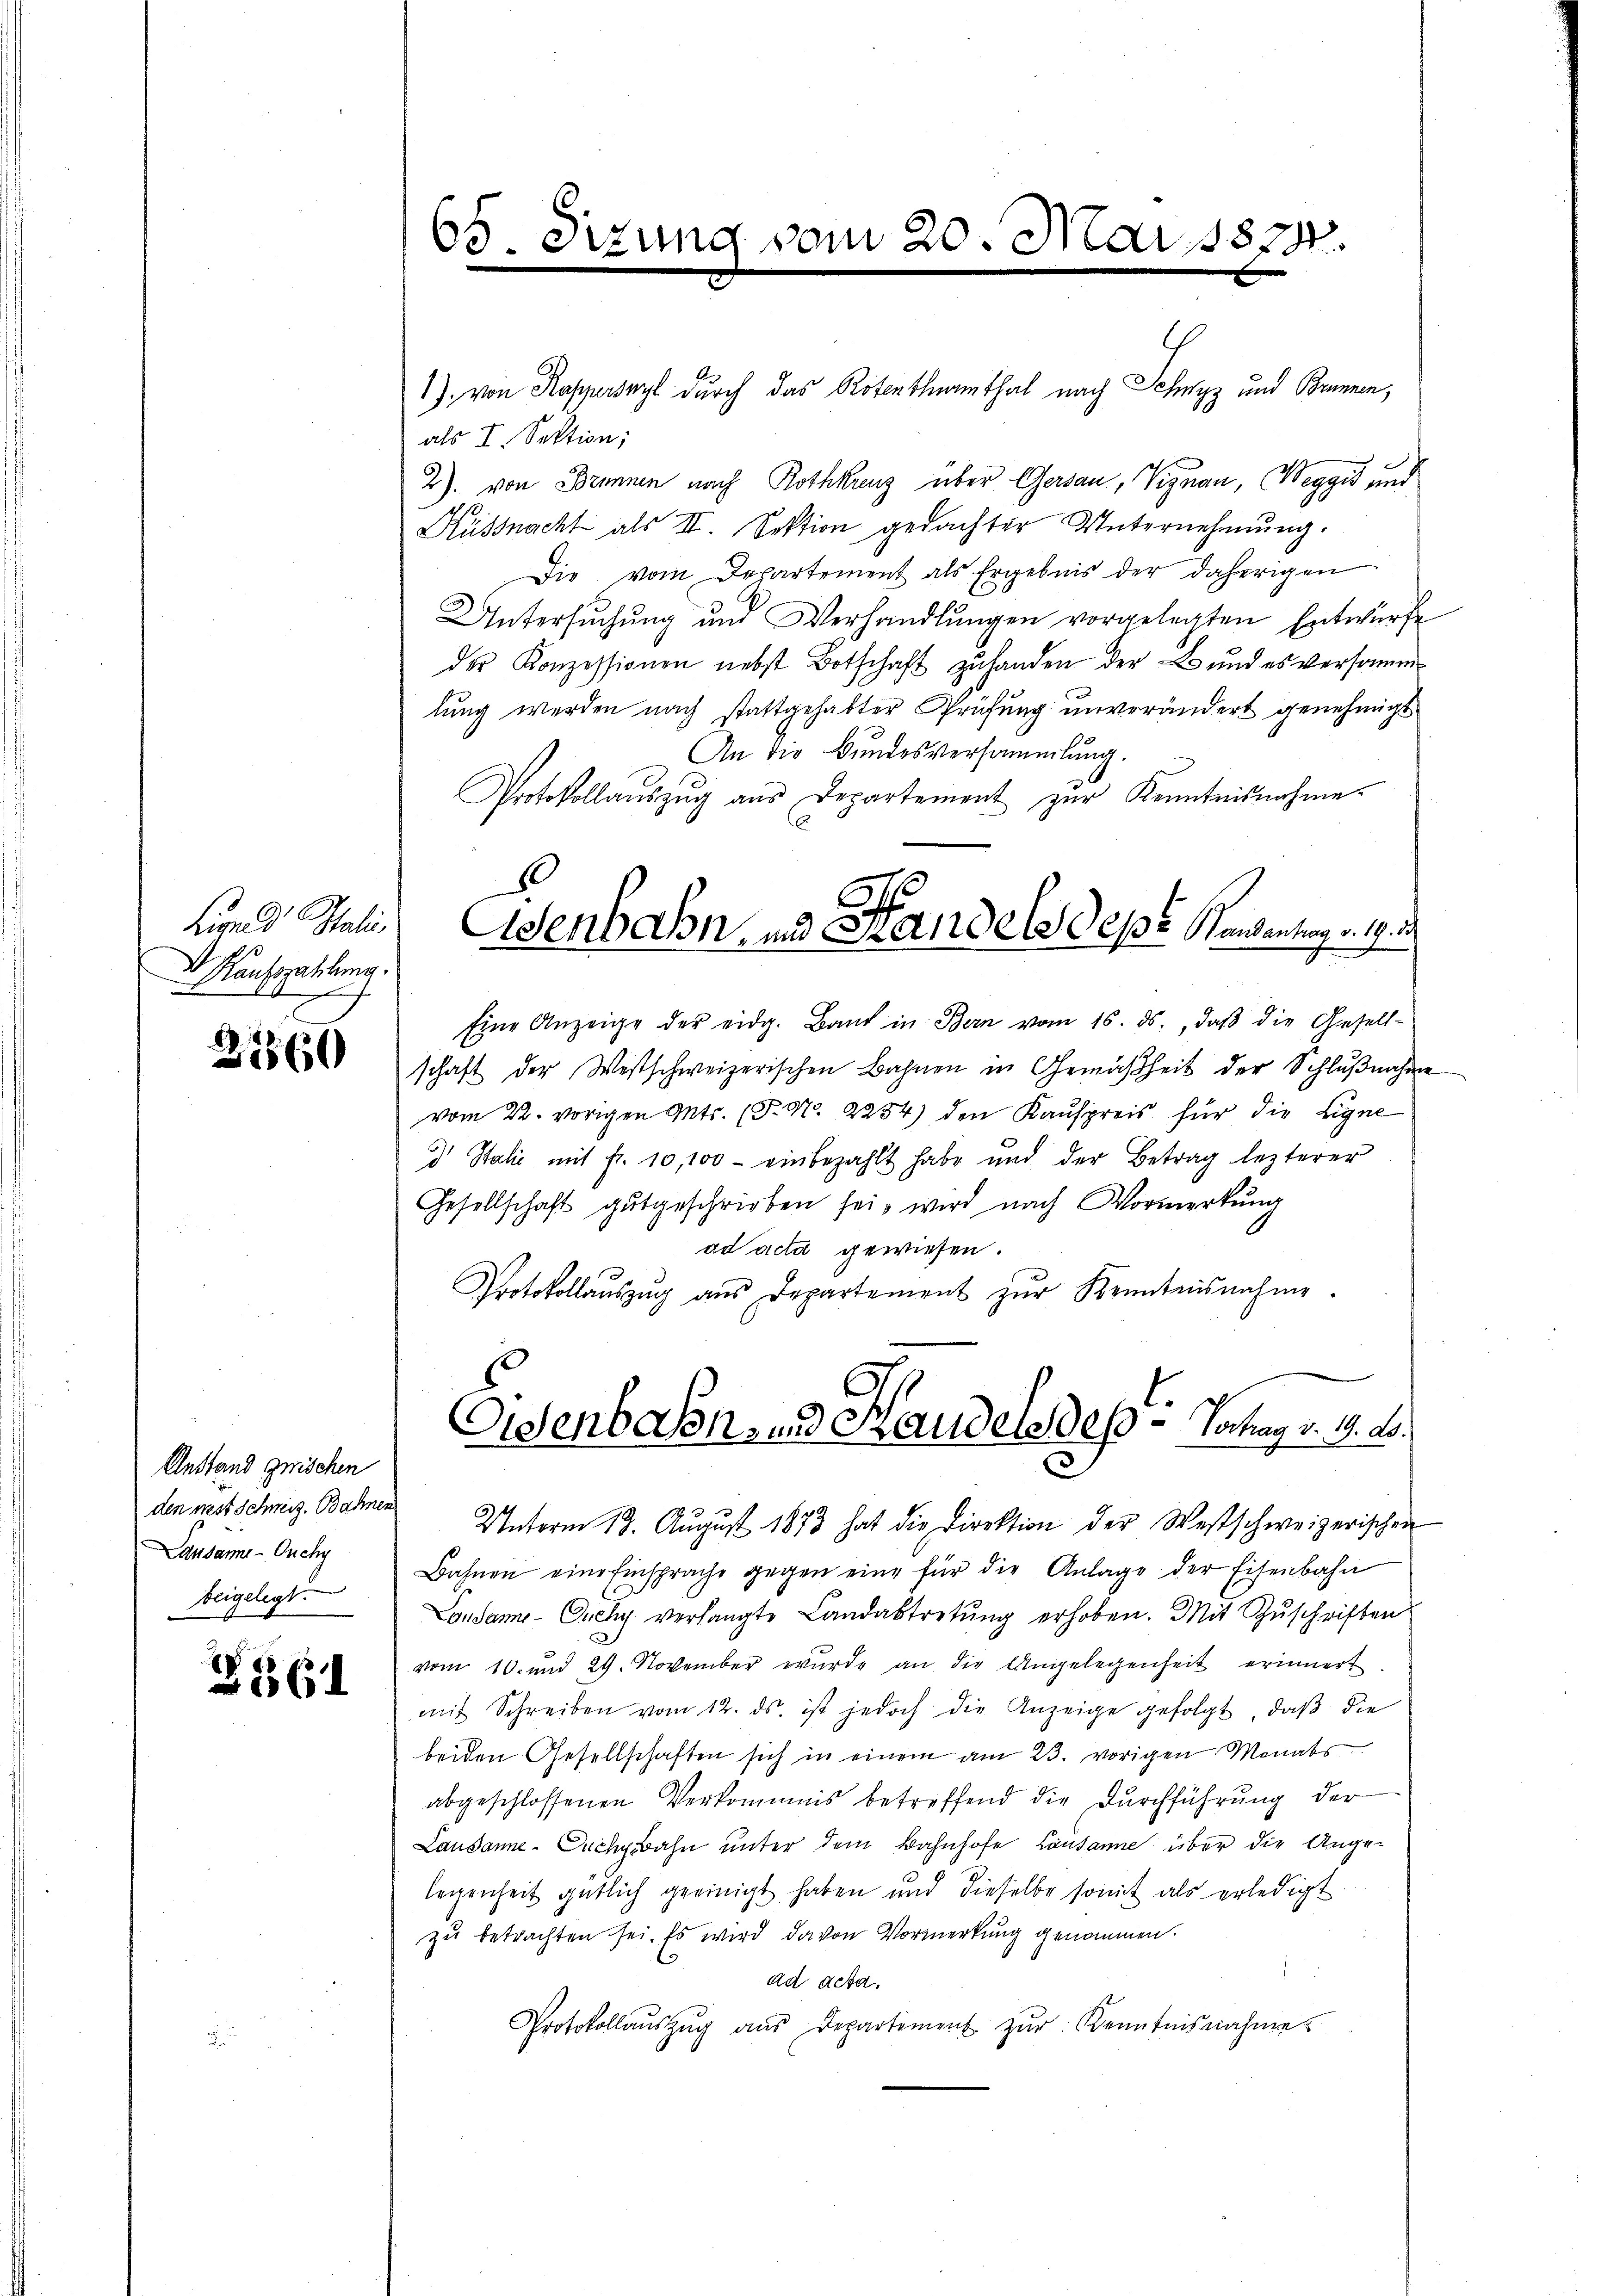
Lied Itali
Kaufszahlung.

2560

Anstand geischen
den meist Schweiz. Bahnen
Lausanne - Ouchy
beigelegt.

25 (1

65.

.

1) von Kapperswyl durch das Rotenthenthal nach Schwyz und Brunnen,
als I. Sektion;
2) von Brunnen nach Rothkreuz über Gersau, Viznau, Weggis und
Küssnacht als II. Sektion gedachter Unternehmung.
Die vom Departement als Ergebnis der daherigen
Untersŭchŭng und Verhandlŭngen vorgelegten Entwürfe
der Konzessionen nebst Botschaft zu handen der L. und es versammlung werden nach stattgehabter Prüfung unverändert genehmigt
An die Bundesversammlung.
Protokollaŭszŭg aŭs Departement zŭr Kenntnisnahme.
Eine Anzeige der eidg. Band in Bern vom 16. ds., daβ die Gesell-
schaft der Westschweizerischen Bahnen in Gemäßheit der Schlŭβnahme
vom 22. vorigen Ants. (T. N. 2254) den Kaŭfpreis für die Eigne
 Italić mit fr. 10,100 - einbezahlt habe und der Betrag lezterer
Gesellschaft gutgeschrieben sei, wird nach Vormerkung
ad acta gewiesen.
Protokollaŭszŭg aŭs Departement zŭr Kenntnisnahme.
Eisenbahn- und Handels des - Vortrag v. 4. A.
Unterm 18. August 1873 hat die Direktion der Westschweizerischen
Bahnen eine Einsprache gegen eine für die Anlage der Eisenbahn
Londame- Ouchy verlangte Landabtretŭng erhoben. Mit Zŭschriften
vom 10. und 29. November wurde an die Angelegenheit erinnert
mit Schreiben vom 12. ds. ist jedoch die Anzeige gefolgt, daβ die
beiden Gesellschaften sich in einem am 23. vorigen Monats
abgeschlossenen Verkommnis betreffend die Dŭrchführŭng der
Lausanne-Puchpahn unter dem Bahnhofe Lausanne über die Ange-
legenheit gütlich geeinigt haben und dieselbe somit als erledigt.
zu betrachten sei. Es wird davon Vormerkung genommen.
ad acta.
Protokollaŭszŭg aŭs Departement zŭr Kenntnisnahme.

2

Mar 1874.

Osenbahn, und Handels depr. Gesetzungen